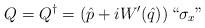
LaTeX: \begin{align*}Q=Q^\dagger=\left(\hat{p}+iW'(\hat{q})\right)``\sigma_x"\end{align*}